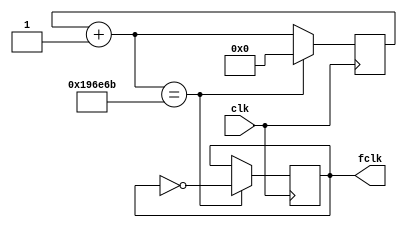
`timescale 1ns / 1ps
//////////////////////////////////////////////////////////////////////////////////
// Company: 
// Engineer: 
// 
// Design Name: 
// Module Name: frame_clock_divier
// Project Name: 
// Target Devices: 
// Tool Versions: 
// Description: 
// 
// Dependencies: 
// 
// Revision:
// Revision 0.01 - File Created
// Additional Comments:
// 
//////////////////////////////////////////////////////////////////////////////////


module frame_clock_divier(
    clk, fclk
    );
    input clk;
    output reg fclk;

    reg [20:0] c1;

    initial begin
        c1 = 0;
        fclk = 0;
    end
    
    always @(posedge clk) begin
        c1 = c1 + 1;
        if (c1 == 1666667) begin
            fclk = ~fclk;
            c1 = 0;
        end
    end
endmodule